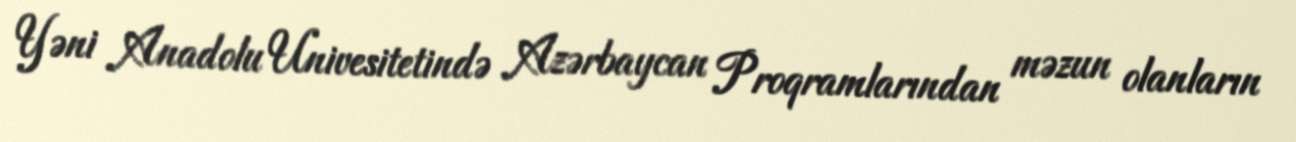
Yəni Anadolu Univesitetində Azərbaycan Proqramlarından məzun olanların